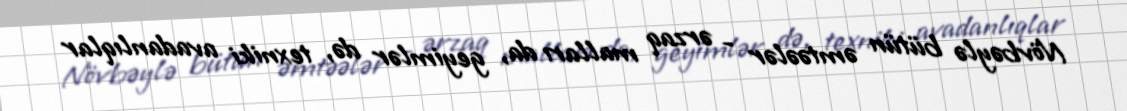
Növbəylə bütün əmtəələr - ərzaq malları da, geyimlər də, texniki avadanlıqlar